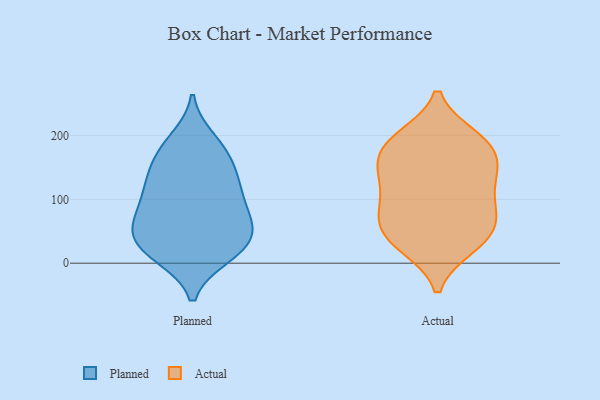
{"axis": {"x": "Conversion Rate (%)", "y": "Value"}, "legend": ["Actual", "Planned"], "data": [{"x": "", "y": 135, "type": "Planned"}, {"x": "", "y": 119, "type": "Planned"}, {"x": "", "y": 88, "type": "Planned"}, {"x": "", "y": 34, "type": "Planned"}, {"x": "", "y": 47, "type": "Planned"}, {"x": "", "y": 194, "type": "Planned"}, {"x": "", "y": 176, "type": "Planned"}, {"x": "", "y": 53, "type": "Planned"}, {"x": "", "y": 97, "type": "Planned"}, {"x": "", "y": 30, "type": "Planned"}, {"x": "", "y": 53, "type": "Planned"}, {"x": "", "y": 12, "type": "Planned"}, {"x": "", "y": 182, "type": "Planned"}, {"x": "", "y": 139, "type": "Planned"}, {"x": "", "y": 76, "type": "Planned"}, {"x": "", "y": 13, "type": "Planned"}, {"x": "", "y": 113, "type": "Planned"}, {"x": "", "y": 11, "type": "Planned"}, {"x": "", "y": 62, "type": "Planned"}, {"x": "", "y": 155, "type": "Planned"}, {"x": "", "y": 185, "type": "Actual"}, {"x": "", "y": 147, "type": "Actual"}, {"x": "", "y": 63, "type": "Actual"}, {"x": "", "y": 89, "type": "Actual"}, {"x": "", "y": 138, "type": "Actual"}, {"x": "", "y": 190, "type": "Actual"}, {"x": "", "y": 26, "type": "Actual"}, {"x": "", "y": 168, "type": "Actual"}, {"x": "", "y": 35, "type": "Actual"}, {"x": "", "y": 142, "type": "Actual"}, {"x": "", "y": 79, "type": "Actual"}, {"x": "", "y": 49, "type": "Actual"}, {"x": "", "y": 194, "type": "Actual"}, {"x": "", "y": 102, "type": "Actual"}, {"x": "", "y": 197, "type": "Actual"}, {"x": "", "y": 134, "type": "Actual"}, {"x": "", "y": 28, "type": "Actual"}, {"x": "", "y": 73, "type": "Actual"}]}